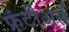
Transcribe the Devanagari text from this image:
फ्रंटीअर्स